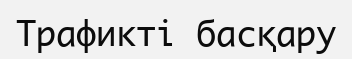
Трафикті басқару